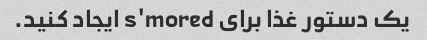
یک دستور غذا برای s'mored ایجاد کنید.